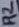
Text: R2